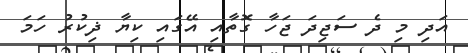
އަދި މި ދެ ސަޖިދަ ޖަހާ ގޮތާއި އޭގައި ކިޔާ ޛިކުރު ހަމަ